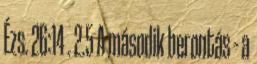
Ézs. 26:14 . 2.5 A második berontás – a